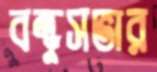
বন্ধুসভার